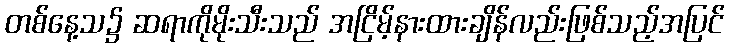
တစ်နေ့သ၌ ဆရာကိုမိုးသီးသည် အငြိမ့်နားထားချိန်လည်းဖြစ်သည့်အပြင်